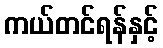
ကယ်တင်ရန်နှင့်